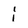
Character: l